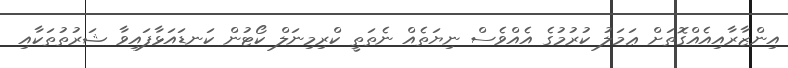
އިންޒާރާއިއެއްގޮތަށް ޢަމަލު ކުރުމުގެ އެއްވެސް ނިޔަތެއް ނެތަތީ ކްރިމިނަލް ކޯޓުުން ކަނޑައަޅާފައިވާ ޝަރުތުތަކާއި